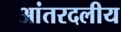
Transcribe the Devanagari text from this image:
आंतरदलीय